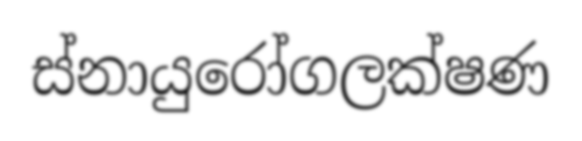
ස්නායුරෝගලක්ෂණ